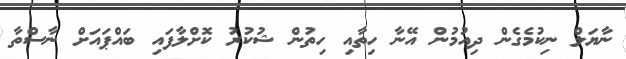
ނާޔަލް ނިކުމެގެން ދިއުމުން އޭނާ ހިތާއި ހިތުން ޝުކުރު ކޮށްލާފައި ބައްޕައަށް ނާސްތާ